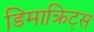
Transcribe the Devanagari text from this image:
डिमाक्रिट्स